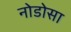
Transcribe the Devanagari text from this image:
नोडोसा